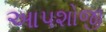
આપશોજી